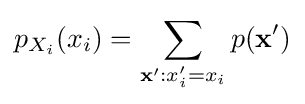
p_{X_{i}}(x_{i})=\sum _{\mathbf {x} ':x'_{i}=x_{i}}p(\mathbf {x} ')